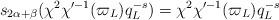
LaTeX: \begin{align*} s_{2\alpha+\beta}(\chi^2\chi'^{-1}(\varpi_L)q_L^{-s})=\chi^2\chi'^{-1}(\varpi_L)q_L^{-s}\end{align*}